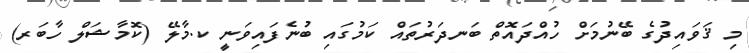
މި ޤަވައިދުގެ ބޭނުމަށް ހުއްދައޮތް ބަނދަރުތައް ކަމުގައި ބުނެފައިވަނީ ކ.މާލޭ (ކޮމާޝަލް ހާބަރ)